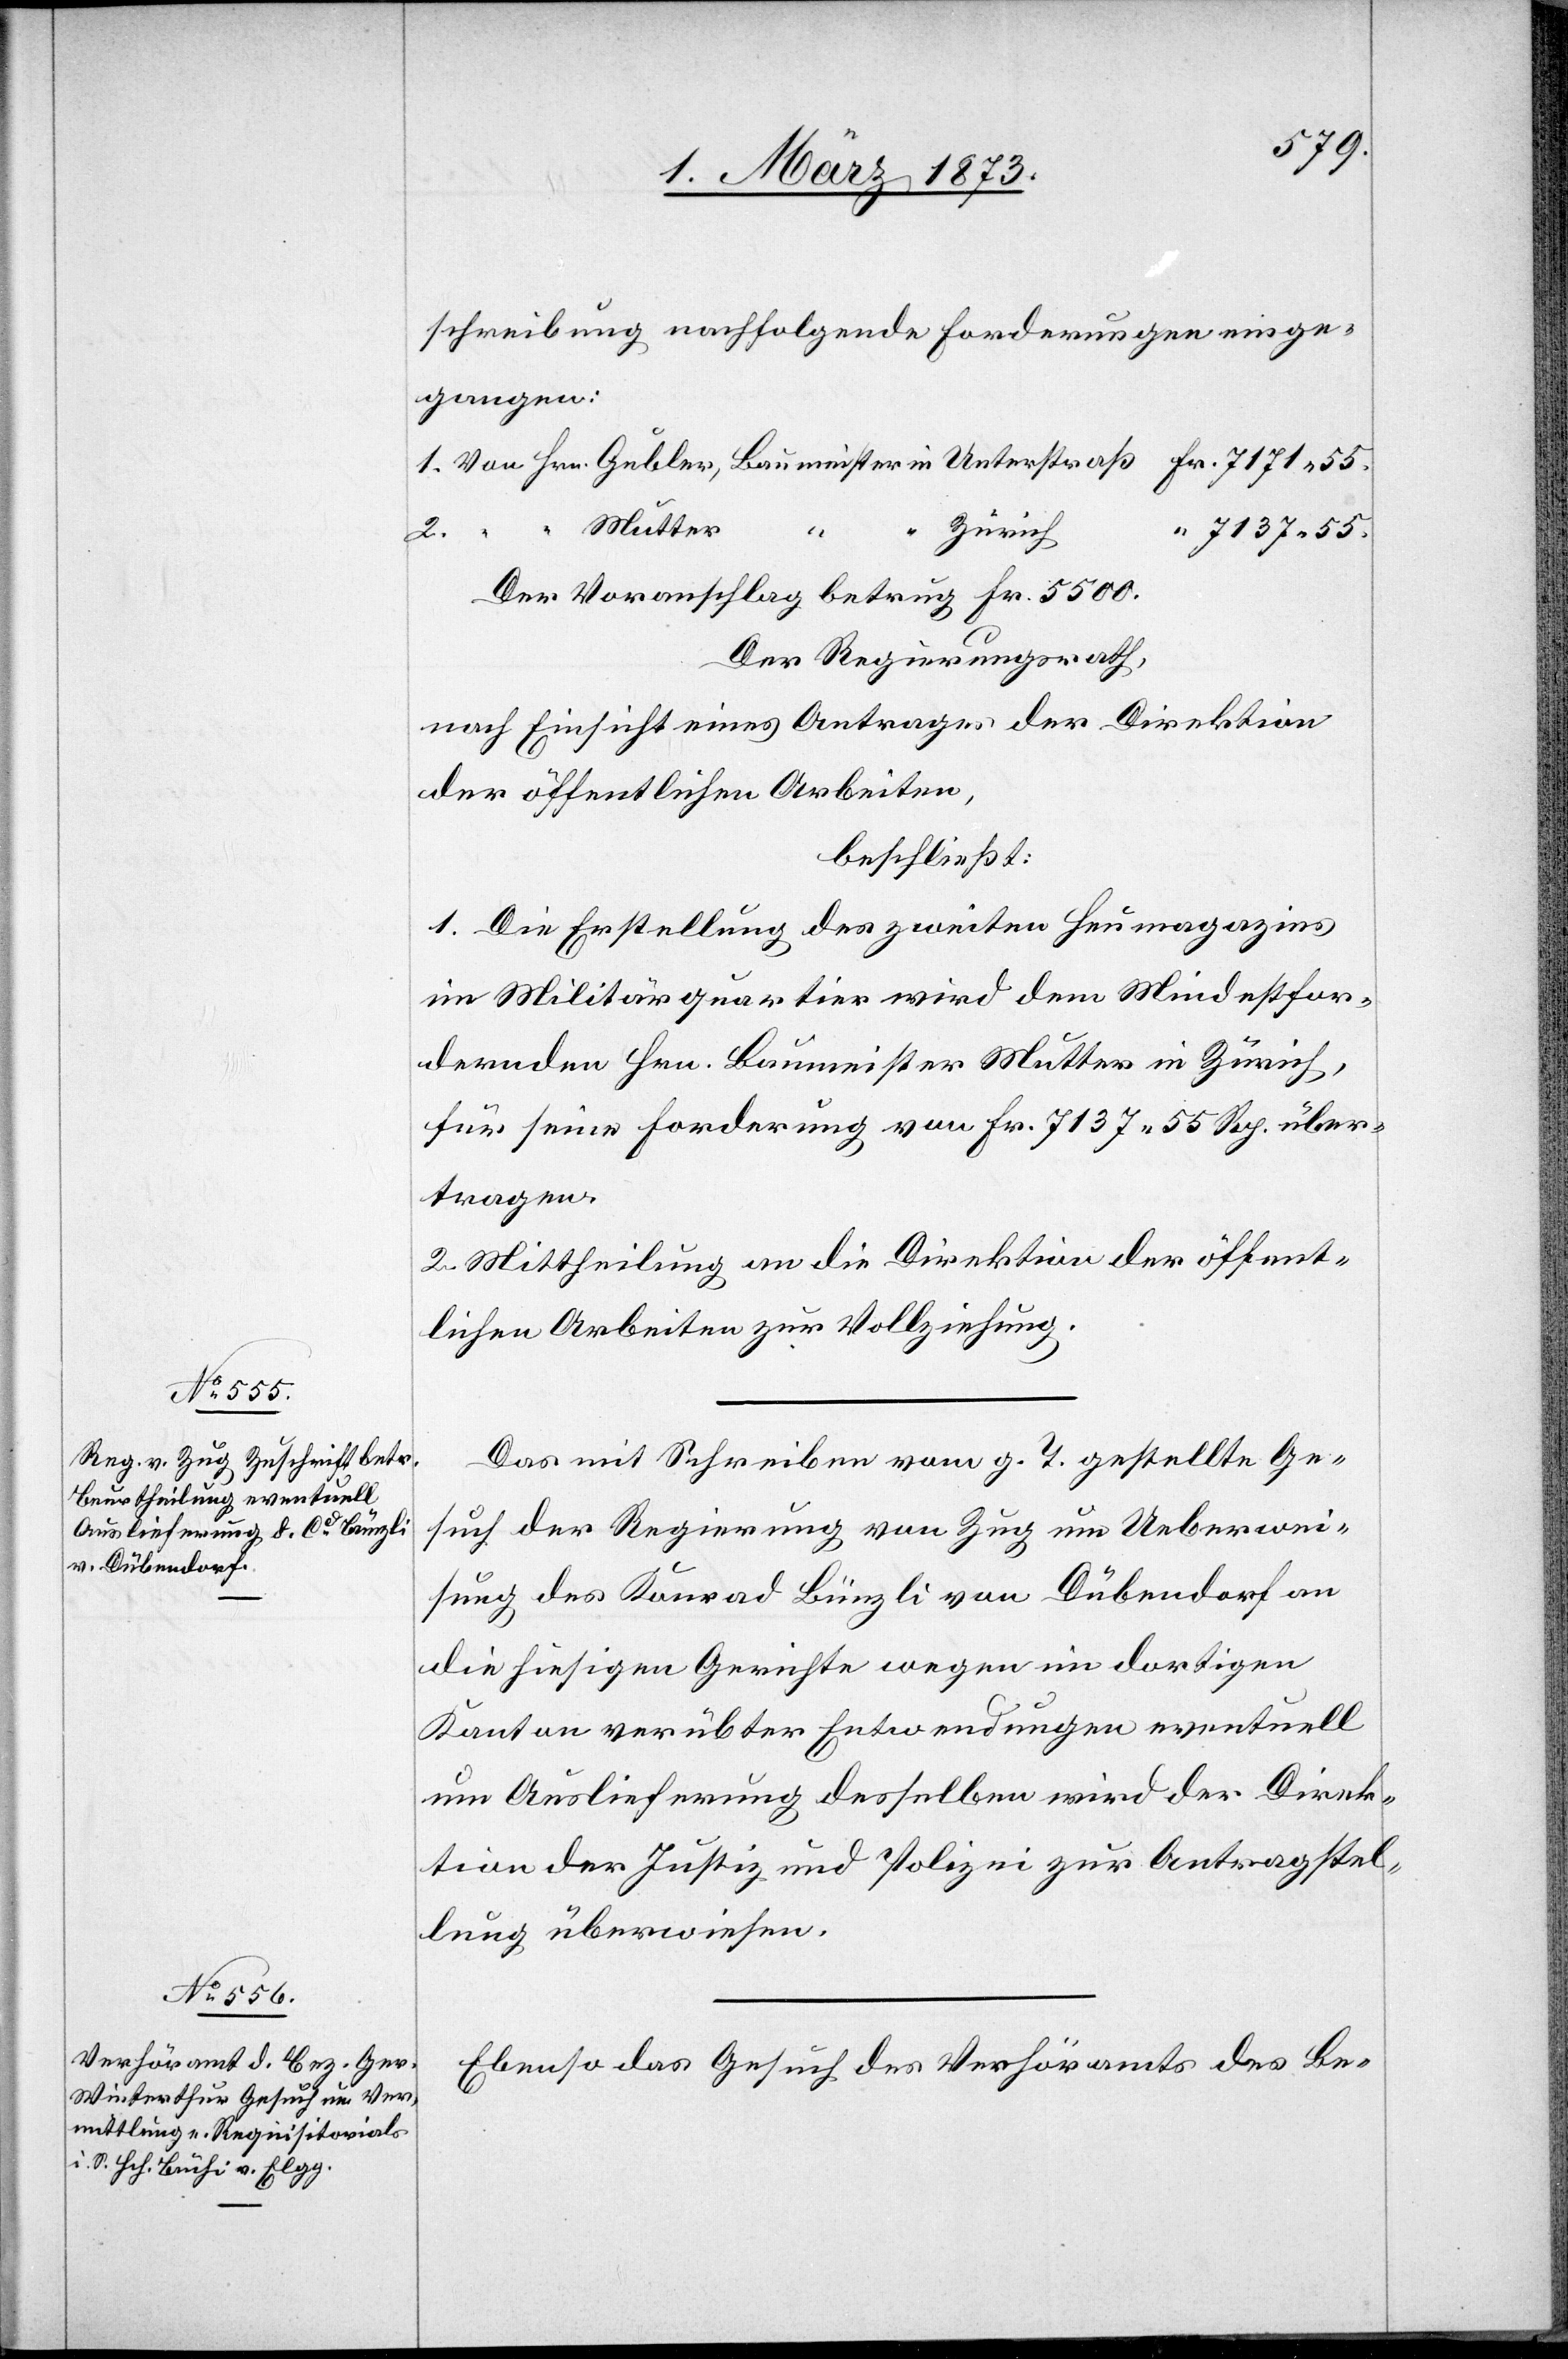
7. März 1873.]
schreibung nachfolgende Forderungen einge¬
gangen:
1. Von Hrn. Bubler, Baumeister in Unterstraß Fr. 7171.44.
“
Mutter
Zürich
“ 7137.55.
2.
“
Der Voranschlag betrug Fr. 5500.
Der Regierungsrath,
nach Einsicht eines Antrages der Direktion
der öffentlichen Arbeiten,
beschließt:
1. Die Erstellung des zweiten Heumagazins
im Militärquartier wird dem Mindestfor¬
dernden Hrn. Baumeister Mutter in Zürich,
für seine Forderung von Fr. 7137.55 Rp. über¬
tragen.
2. Mittheilung an die Direktion der öffent¬
lichen Arbeiten zur Vollziehung.
Das mit Schreiben vom g. T. gestellte Ge¬
such der Regierung von Zug um Ueberwei¬
sung des Konrad Bünzli von Dübendorf an
die hiesigen Gerichte wegen im dortigen
Kanton verübter Entwendungen eventuell
um Auslieferung desselben wird der Direk¬
tion der Justiz und Polizei zur Antragstel¬
lung überwiesen.
Ebenso das Gesuch des Verhöramts des Be-